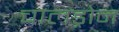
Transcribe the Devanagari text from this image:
चालड्रोन